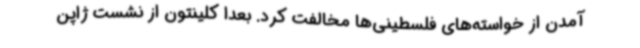
آمدن از خواسته‌های فلسطینی‌ها مخالفت کرد. بعدا کلینتون از نشست ژاپن